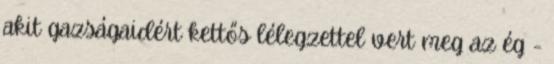
akit gazságaidért kettős lélegzettel vert meg az ég -